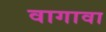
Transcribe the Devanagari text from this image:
वागावा